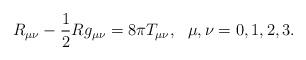
LaTeX: \begin{align*}R_{\mu\nu}-\frac12 R g_{\mu\nu} = 8\pi T_{\mu\nu}, \ \ \mu,\nu=0,1,2,3.\end{align*}